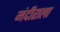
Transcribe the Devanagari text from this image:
मंदीराला